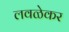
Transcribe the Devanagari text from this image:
लवळेकर